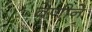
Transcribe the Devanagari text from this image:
वेणीने